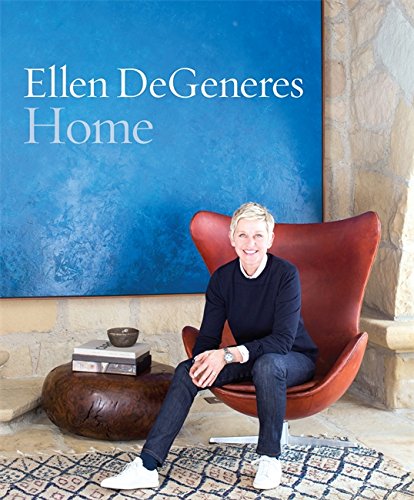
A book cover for Home; Ellen DeGeneres; Crafts, Hobbies & Home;